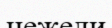
нежели